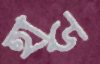
হাড়